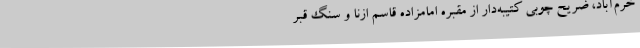
خرم‌آباد، ضریح چوبی کتیبه‌دار از مقبره امامزاده قاسم ازنا و سنگ قبر